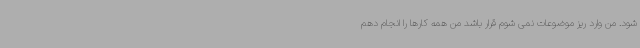
شود. من وارد ریز موضوعات نمی شوم قرار باشد من همه کارها را انجام دهم